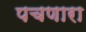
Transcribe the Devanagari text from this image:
पचणारा